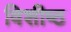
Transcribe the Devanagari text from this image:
विशीष्ठ